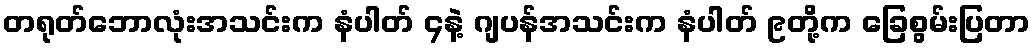
တရုတ်ဘောလုံးအသင်းက နံပါတ် ၄နဲ့ ဂျပန်အသင်းက နံပါတ် ၉တို့က ခြေစွမ်းပြတာ